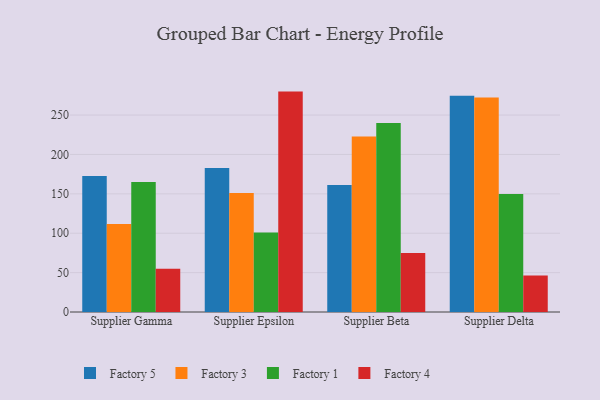
{"axis": {"x": "Supplier", "y": "Operating Costs (USD K)"}, "legend": ["Factory 1", "Factory 3", "Factory 4", "Factory 5"], "data": [{"x": "Supplier Gamma", "y": 172.8, "type": "Factory 5"}, {"x": "Supplier Gamma", "y": 111.7, "type": "Factory 3"}, {"x": "Supplier Gamma", "y": 165.0, "type": "Factory 1"}, {"x": "Supplier Gamma", "y": 55.0, "type": "Factory 4"}, {"x": "Supplier Epsilon", "y": 182.8, "type": "Factory 5"}, {"x": "Supplier Epsilon", "y": 151.2, "type": "Factory 3"}, {"x": "Supplier Epsilon", "y": 100.9, "type": "Factory 1"}, {"x": "Supplier Epsilon", "y": 279.8, "type": "Factory 4"}, {"x": "Supplier Beta", "y": 161.2, "type": "Factory 5"}, {"x": "Supplier Beta", "y": 222.9, "type": "Factory 3"}, {"x": "Supplier Beta", "y": 240.0, "type": "Factory 1"}, {"x": "Supplier Beta", "y": 74.8, "type": "Factory 4"}, {"x": "Supplier Delta", "y": 274.6, "type": "Factory 5"}, {"x": "Supplier Delta", "y": 272.2, "type": "Factory 3"}, {"x": "Supplier Delta", "y": 149.7, "type": "Factory 1"}, {"x": "Supplier Delta", "y": 46.2, "type": "Factory 4"}]}